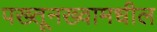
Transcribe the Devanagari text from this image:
पख्तूनख्वामधील